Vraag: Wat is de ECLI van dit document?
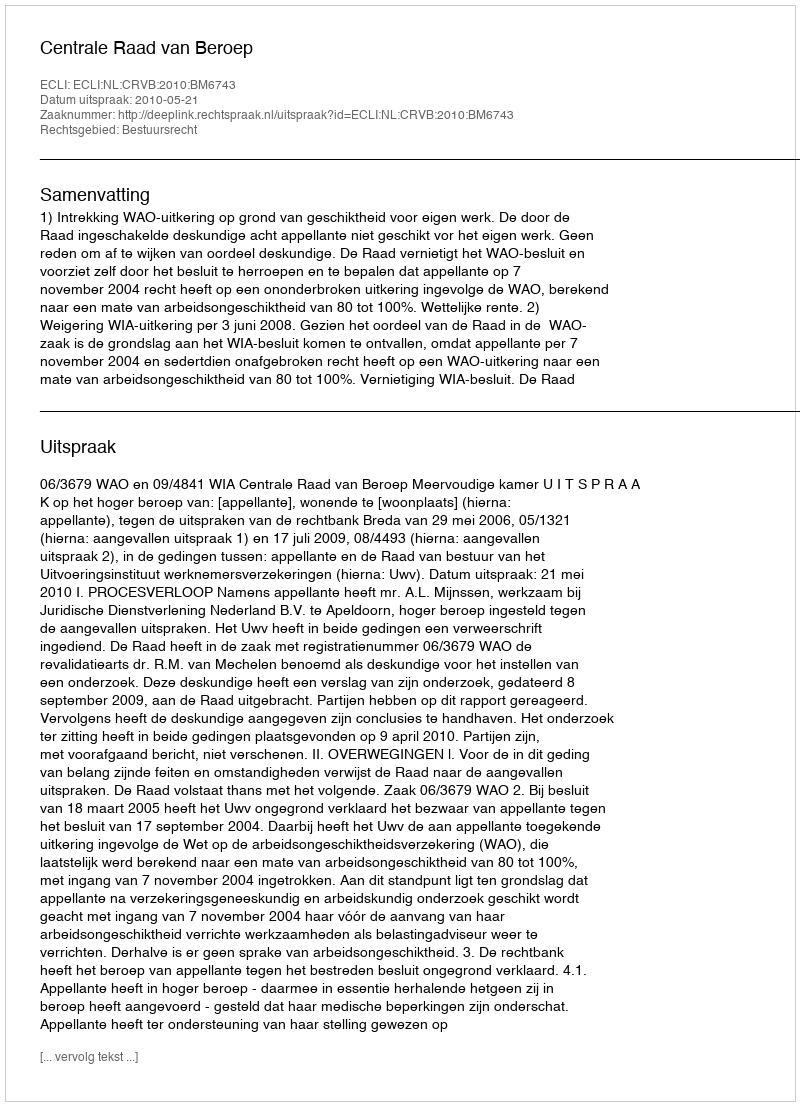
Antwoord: ECLI:NL:CRVB:2010:BM6743